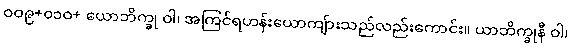
ဝဝ၉+၀၁ဝ+ ယောဘိက္ခု ဝါ၊ အကြင်ရဟန်းယောကျ်ားသည်လည်းကောင်း။ ယာဘိက္ခုနီ ဝါ၊